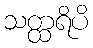
သတ္ထရိပိ